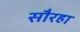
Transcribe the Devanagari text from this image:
सौरहा